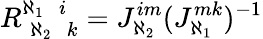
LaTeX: R_{\; \aleph_{2}\; \; k}^{\aleph_{1}\; \; i}=J_{\aleph_{2}}^{im}(J_{\aleph_{1}}^{mk})^{-1}